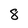
Character: 8